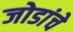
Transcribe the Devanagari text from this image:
जोडांचे